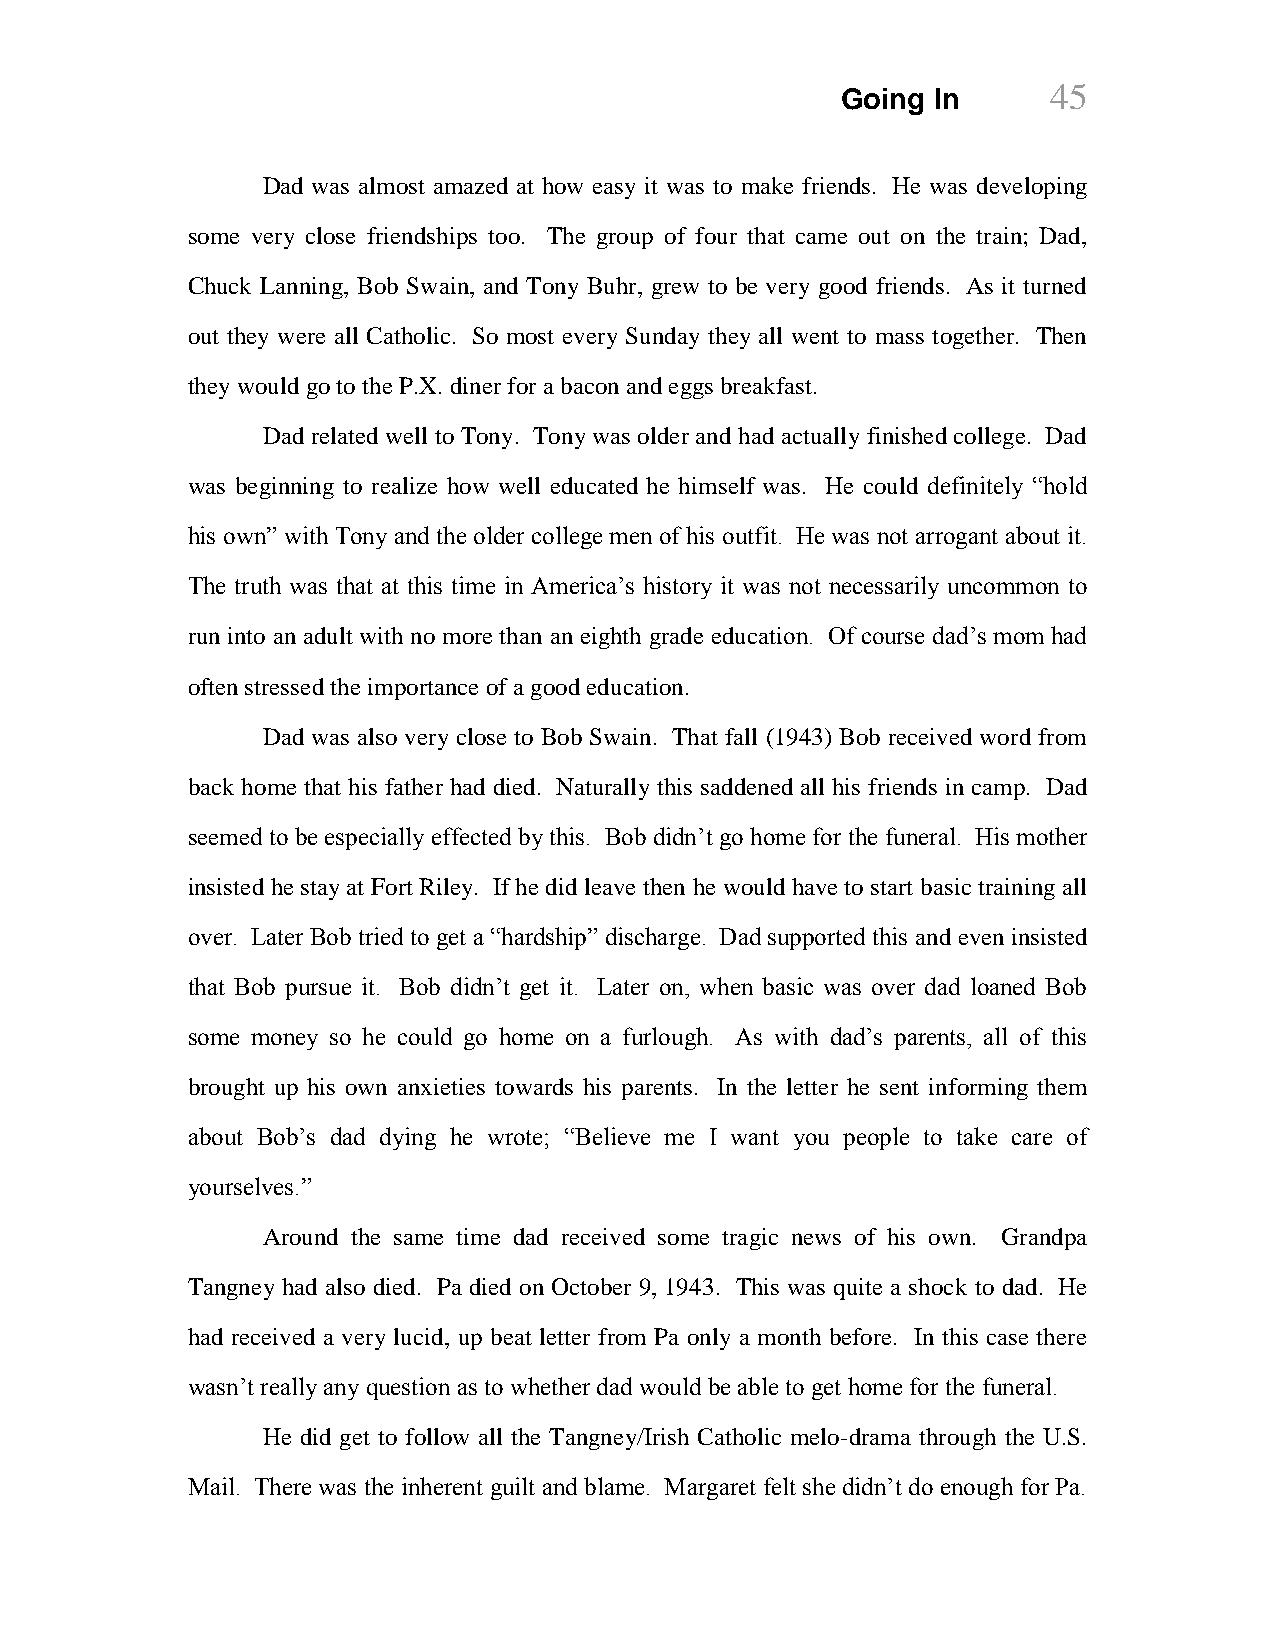
Going In      45
 Dad was almost amazed at how easy it was to make friends. He was developing
 some very close friendships too. The group of four that came out on the train; Dad,
 Chuck Lanning, Bob Swain, and Tony Buhr, grew to be very good friends. As it turned
 out they were all Catholic. So most every Sunday they all went to mass together. Then
 they would go to the P.X. diner for a bacon and eggs breakfast.
 Dad related well to Tony. Tony was older and had actually finished college. Dad
 was beginning to realize how well educated he himself was. He could definitely “hold
 his own” with Tony and the older college men of his outfit. He was not arrogant about it.
 The truth was that at this time in America’s history it was not necessarily uncommon to
 run into an adult with no more than an eighth grade education. Of course dad’s mom had
 often stressed the importance of a good education.
 Dad was also very close to Bob Swain. That fall (1943) Bob received word from
 back home that his father had died. Naturally this saddened all his friends in camp. Dad
 seemed to be especially effected by this. Bob didn’t go home for the funeral. His mother
 insisted he stay at Fort Riley. If he did leave then he would have to start basic training all
 over. Later Bob tried to get a “hardship” discharge. Dad supported this and even insisted
 that Bob pursue it. Bob didn’t get it. Later on, when basic was over dad loaned Bob
 some money so he could go home on a furlough. As with dad’s parents, all of this
 brought up his own anxieties towards his parents. In the letter he sent informing them
 about Bob’s dad dying he wrote; “Believe me I want you people to take care of
 yourselves.”
 Around the same time dad received some tragic news of his own. Grandpa
 Tangney had also died. Pa died on October 9, 1943. This was quite a shock to dad. He
 had received a very lucid, up beat letter from Pa only a month before. In this case there
 wasn’t really any question as to whether dad would be able to get home for the funeral.
 He did get to follow all the Tangney/Irish Catholic melo-drama through the U.S.
 Mail. There was the inherent guilt and blame. Margaret felt she didn’t do enough for Pa.